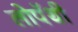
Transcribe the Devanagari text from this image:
लोपॅथी